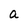
Character: a